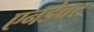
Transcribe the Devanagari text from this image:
एनडेवर